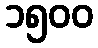
၁၅၀၀